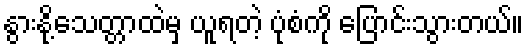
နွားနို့သေတ္တာထဲမှ ယူရတဲ့ ပုံစံကို ပြောင်းသွားတယ်။